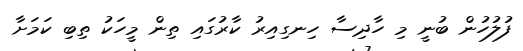
ފުލުހުން ބުނީ މި ހާދިސާ ހިނގިއިރު ކާރުގަައި ތިން މީހަކު ތިބި ކަމަށާ